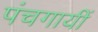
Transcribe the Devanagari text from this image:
पंचगायीं